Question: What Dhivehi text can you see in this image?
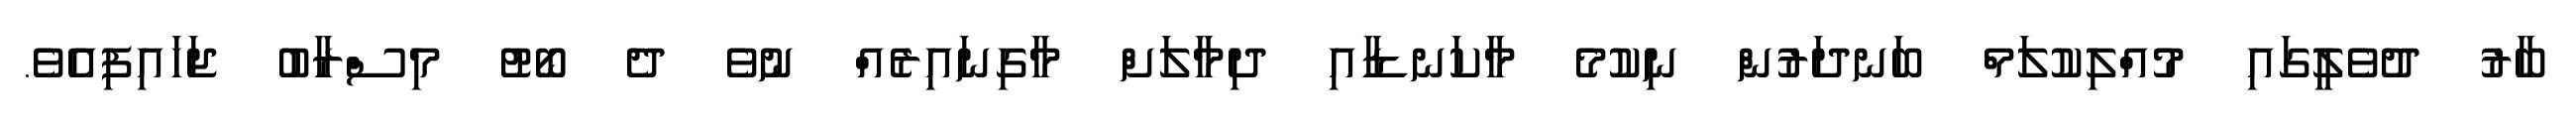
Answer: ބާރު ދުވެލީގައި މުއްލިކުލަމް ބަނދަރުން ނިކުމެ މާކަނޑާއި ދިމާލަށް މާގިނައިރެއް ނުވެ ދެ ބޯޓު މިސްރާބު ޖަހައިފިއެވެ.